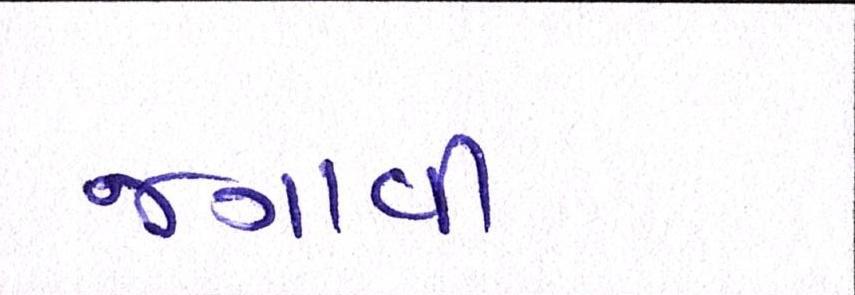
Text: જગાવી